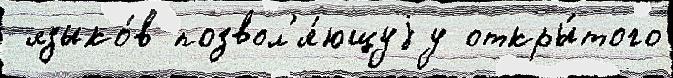
 языко́в позвол'я́ющуjу откры́того